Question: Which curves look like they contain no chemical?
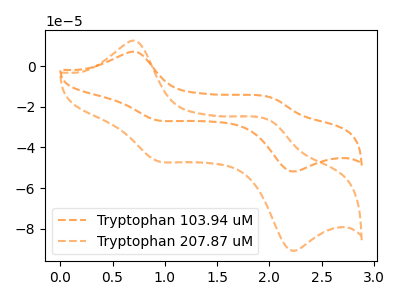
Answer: <think>The orange dashed curve "Tryptophan 103.94 uM" has anodic peaks at (0.70V, 7.10uA) (2.00V, -15.50uA) and cathodic peaks at (0.90V, -26.55uA) (2.20V, -51.65uA). The orange dashed curve "Tryptophan 207.87 uM" has anodic peaks at (0.70V, 12.40uA) (2.00V, -27.20uA) and cathodic peaks at (0.90V, -46.55uA) (2.20V, -90.50uA).</think>
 <answer>There are not any CV's on this graph that are likely to be blanks.</answer>
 <eval>none</eval>